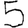
Digit: 5